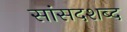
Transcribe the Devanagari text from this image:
सांसदशब्द